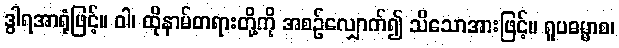
ဒွါရအာရုံဖြင့်။ ဝါ၊ ထိုနာမ်တရားတို့ကို အစဉ်လျှောက်၍ သိသောအားဖြင့်။ ရူပဓမ္မာစ၊